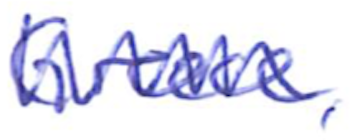
Text: Greece,
Cross-out: zig-zag
Writing tool: ballpoint